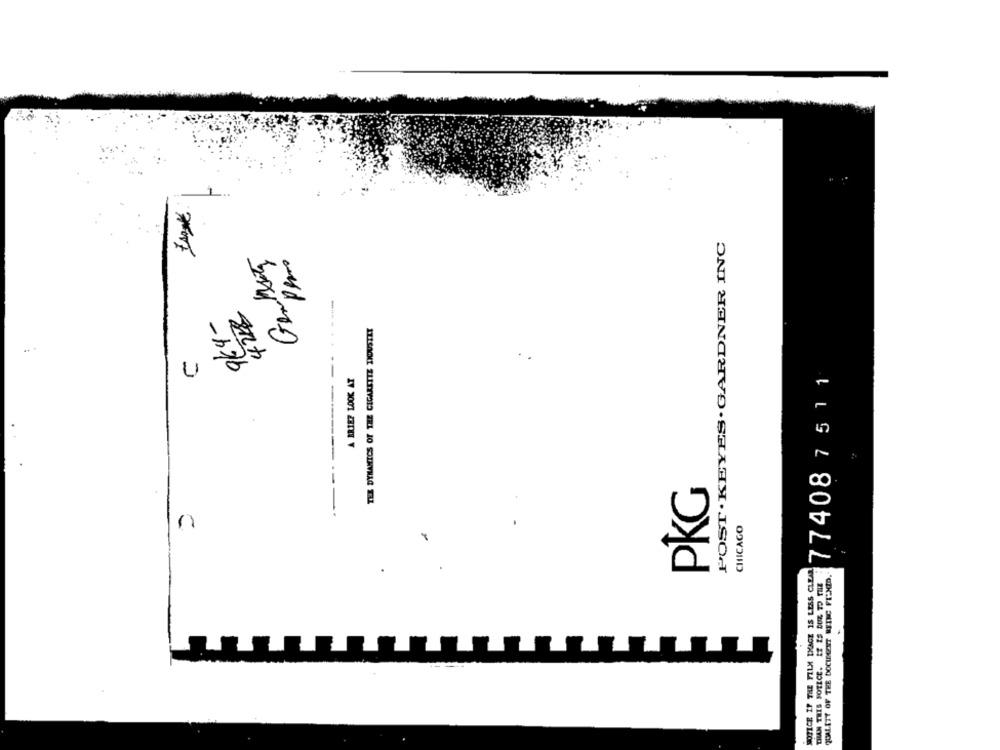
POST . KEYES . GARDNER INC
4258
964-
TEX DYNAMICS OF THE CIGARETTE DIOUSTET
774087511
4
A BRIEF LOOK AT
----------
PKG
CHICAGO
NOTICE IF THE FILM IMAGE IS LESS CLEAR
QUALITY OF THE DOCHEGEST BEING FIXED,
THAN THIS NOTICE. IT IS DUE TO THE